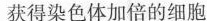
获得染色体加倍的细胞